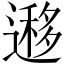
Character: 𨖨